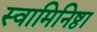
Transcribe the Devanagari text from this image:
स्वामिनिष्ठा